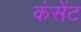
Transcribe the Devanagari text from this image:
कंसेंट